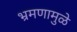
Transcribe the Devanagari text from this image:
भ्रमणामुळे